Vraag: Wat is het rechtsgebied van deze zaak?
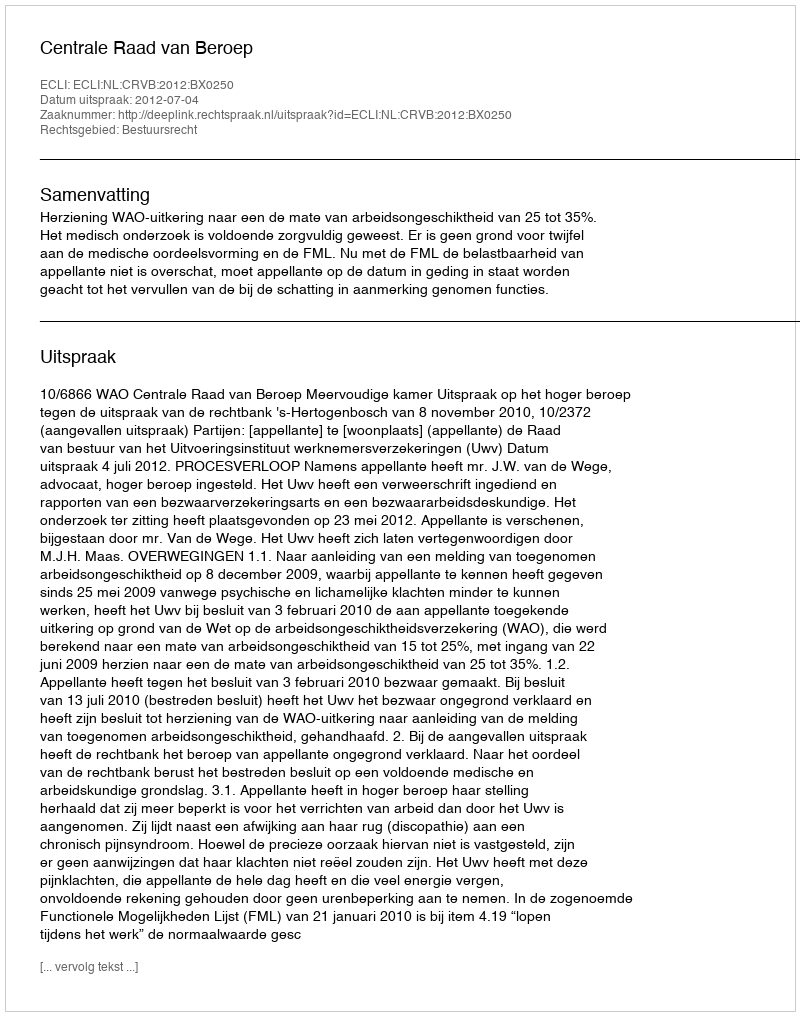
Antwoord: Bestuursrecht